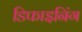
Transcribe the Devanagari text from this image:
डिफाइनिंग